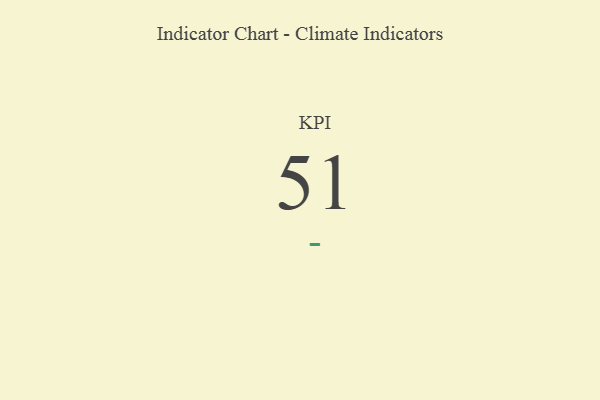
{"axis": {"x": "KPI", "y": "Value"}, "legend": [""], "data": [{"x": "KPI", "y": 51, "type": ""}]}